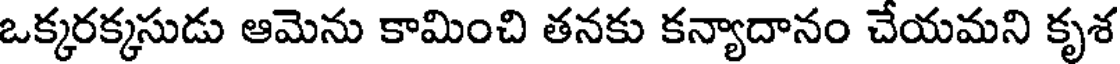
ఒక్కరక్కసుడు ఆమెను కామించి తనకు కన్యాదానం చేయమని కృశ